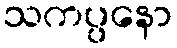
သကပ္ပနော